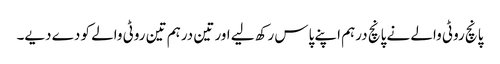
پانچ روٹی والے نے پانچ درہم اپنے پاس رکھ لیے اور تین درہم تین روٹی والے کو دے دیے۔